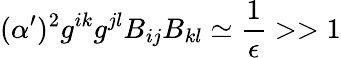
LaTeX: (\alpha^{\prime})^{2}g^{ik}g^{jl}B_{ij}B_{kl}\simeq{\frac{1}{\epsilon}}>>1